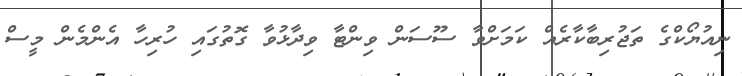
ނިއުޔޯކްގެ ތަޖުރިބާކާރެއް ކަމަށްވާ ސޫސަން ވިންޓާ ވިދާޅުވާ ގޮތުގައި ހުރިހާ އެންމެން މީސް